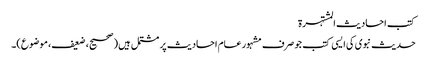
کتب احادیث المشتہرۃ
حدیث نبوی کی ایسی کتب جو صرف مشہور عام احادیث پر مشتمل ہیں (صحیح، ضعیف، موضوع)۔